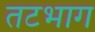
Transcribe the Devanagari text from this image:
तटभाग